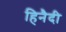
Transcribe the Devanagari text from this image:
हिनैदी